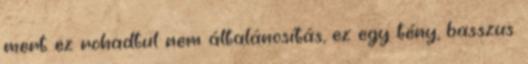
mert ez rohadtul nem általánosítás, ez egy tény, basszus.